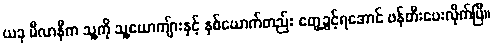
ယခု မီလာနီက သူ့ကို သူ့ယောကျ်ားနှင့် နှစ်ယောက်တည်း တွေ့ခွင့်ရအောင် ဖန်တီးပေးလိုက်ပြီ။